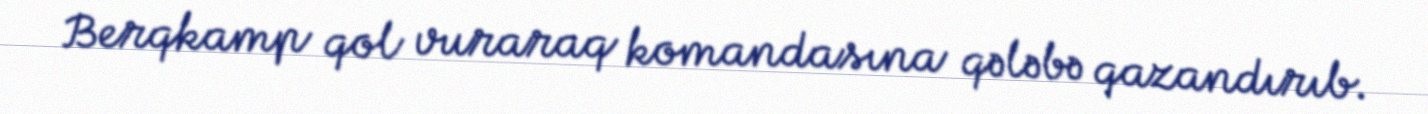
Berqkamp qol vuraraq komandasına qələbə qazandırıb.